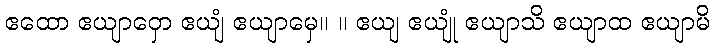
ဧထော ဧယျာဝှော ဧယျံ ဧယျာမှေ။ ။ ဧယျ ဧယျုံ ဧယျာသိ ဧယျာထ ဧယျာမိ